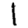
Digit: 1